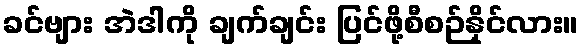
ခင်ဗျား အဲဒါကို ချက်ချင်း ပြင်ဖို့စီစဉ်နိုင်လား။